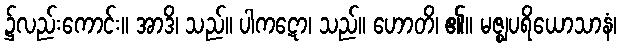
၌လည်းကောင်း။ အာဒိ၊ သည်။ ပါကဋော၊ သည်။ ဟောတိ၊ ၏။ မဇ္ဈပရိယောသာနံ၊